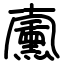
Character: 𠧋